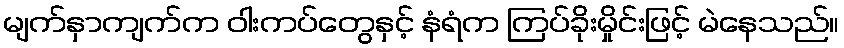
မျက်နှာကျက်က ဝါးကပ်တွေနှင့် နံရံက ကြပ်ခိုးမှိုင်းဖြင့် မဲနေသည်။